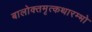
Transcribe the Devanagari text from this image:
बालोक्तमृत्कथारम्भो